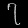
Digit: ၇